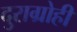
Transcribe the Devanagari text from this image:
दुराग्रोही